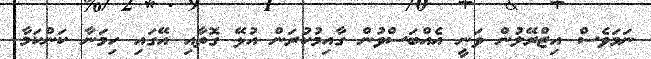
ނަމަވެސް އިޒްރޭލުން ވަނީ އެއްބަސްވުން ގާއިމުކުރަން އުޅޭ ގޮތާއި އޭގައި ހިމަނާ ކަންކަމާ